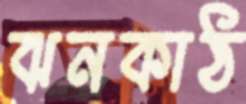
ঝনকাঠ